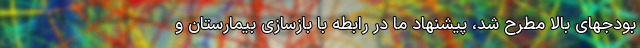
بودجهای بالا مطرح شد، پیشنهاد ما در رابطه با بازسازی بیمارستان و